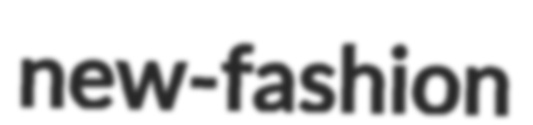
new-fashion